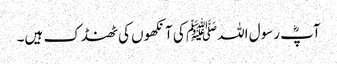
آپؓ رسول اللہﷺ کی آنکھوں کی ٹھنڈک ہیں۔